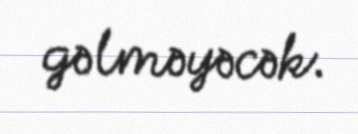
gəlməyəcək.